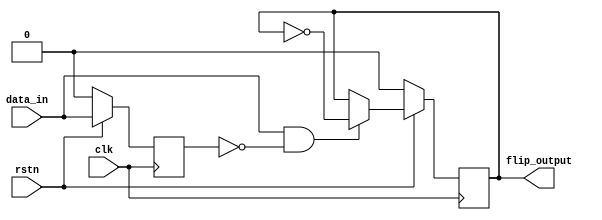
// This program was cloned from: https://github.com/open-sdr/openwifi-hw
// License: GNU Affero General Public License v3.0

// Xianjun jiao. putaoshu@msn.com; xianjun.jiao@imec.be;

module edge_to_flip
#(
    parameter TEMP0 = 16,
    parameter TEMP1 = 5
)
(
    input clk,
    input rstn,

    input data_in,
    output reg flip_output
);

reg data_in_reg;
always @(posedge clk) begin
    if (~rstn) begin
        data_in_reg <= 0;
        flip_output <= 0;
    end else begin
        data_in_reg <= data_in;
        flip_output <= ((data_in==1 && data_in_reg==0)?(~flip_output):flip_output);
    end
end

endmodule